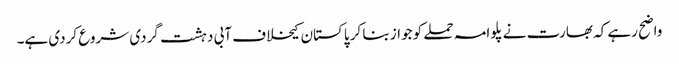
واضح رہے کہ بھارت نے پلوامہ حملے کو جواز بنا کر پاکستان کیخلاف آبی دہشت گردی شروع کردی ہے۔